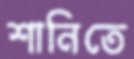
শানিতে